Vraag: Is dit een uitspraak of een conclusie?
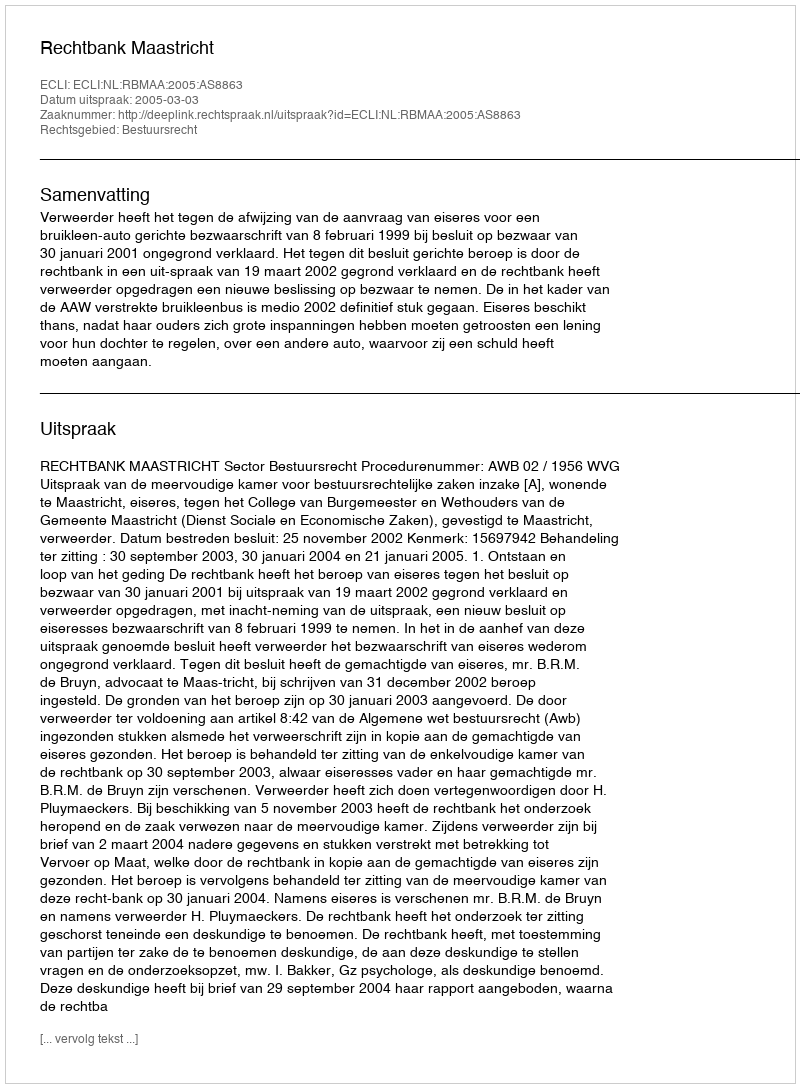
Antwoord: Uitspraak